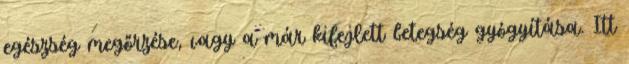
egészség megőrzése, vagy a már kifejlett betegség gyógyítása. Itt